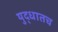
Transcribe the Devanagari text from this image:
युद्धातच